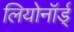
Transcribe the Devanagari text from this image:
लियोनॉर्ड्